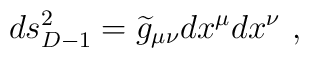
ds_{D-1}^2={\widetilde g}_{\mu\nu}dx^\mu dx^\nu~,